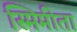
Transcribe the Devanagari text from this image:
स्मिमीता